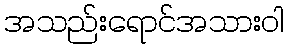
အသည်းရောင်အသားဝါ